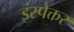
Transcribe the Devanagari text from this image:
इंस्पेक्तर